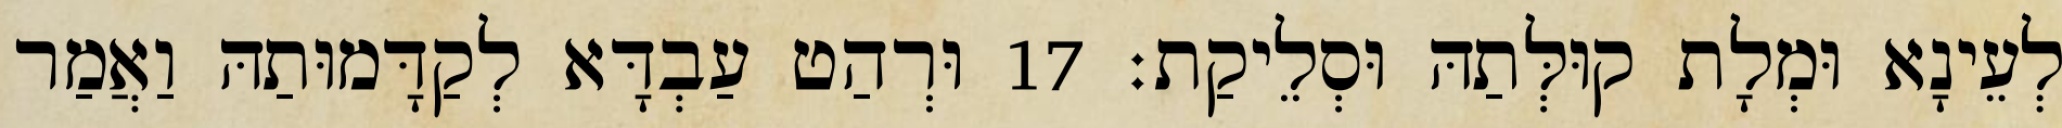
לְעֵינָא וּמְלָת קוּלְּתַהּ וּסְלֵיקַת׃ 17 וּרְהַט עַבְדָּא לְקַדָּמוּתַהּ וַאֲמַר